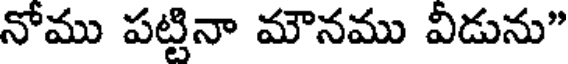
నోము పట్టినా మౌనము వీడును"